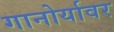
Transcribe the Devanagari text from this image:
गानोर्यावर